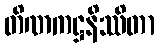
တိဏကဋ္ဌနိဿိတာ